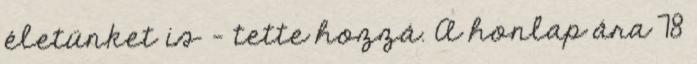
életünket is - tette hozzá. A honlap ára 78